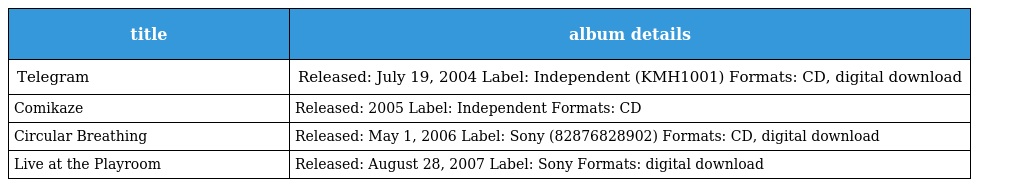
| title | album details |
 | --- | --- |
 | Telegram | Released: July 19, 2004 Label: Independent (KMH1001) Formats: CD, digital download |
 | Comikaze | Released: 2005 Label: Independent Formats: CD |
 | Circular Breathing | Released: May 1, 2006 Label: Sony (82876828902) Formats: CD, digital download |
 | Live at the Playroom | Released: August 28, 2007 Label: Sony Formats: digital download |